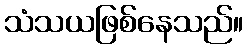
သံသယဖြစ်နေသည်။